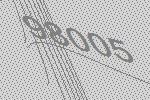
98005